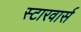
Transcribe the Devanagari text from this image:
स्टारवार्स